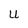
Character: U